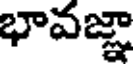
భావజ్ఞా